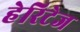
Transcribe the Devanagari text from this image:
हेरिटेज